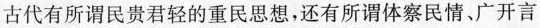
古代有所谓民贵君轻的重民思想，还有所谓体察民情、广开言